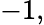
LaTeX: -1,